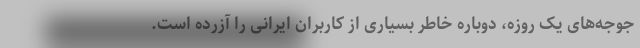
جوجه‌های یک روزه، دوباره خاطر بسیاری از کاربران ایرانی را آزرده است.